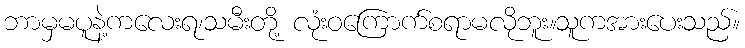
ဘာမှမပူနဲ့ကလေးရ၊သမီးတို့ လုံးဝကြောက်စရာမလိုဘူး။သူကအားပေးသည်။